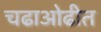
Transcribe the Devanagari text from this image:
चढाओढीत